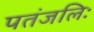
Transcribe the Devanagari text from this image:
पतंजलिः